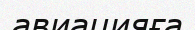
авиацияға